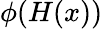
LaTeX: \phi(H(x))